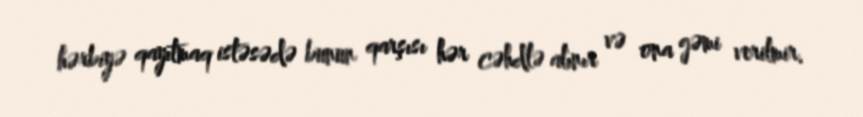
hərbiyə qayıtmaq istəsədə bunun qarşısı hər cəhdlə alınır və ona gəmi verilmir.